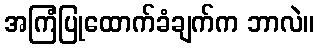
အကြံပြုထောက်ခံချက်က ဘာလဲ။